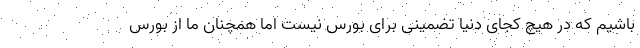
باشیم که در هیچ کجای دنیا تضمینی برای بورس نیست اما همچنان ما از بورس